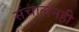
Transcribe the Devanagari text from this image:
संचालनही